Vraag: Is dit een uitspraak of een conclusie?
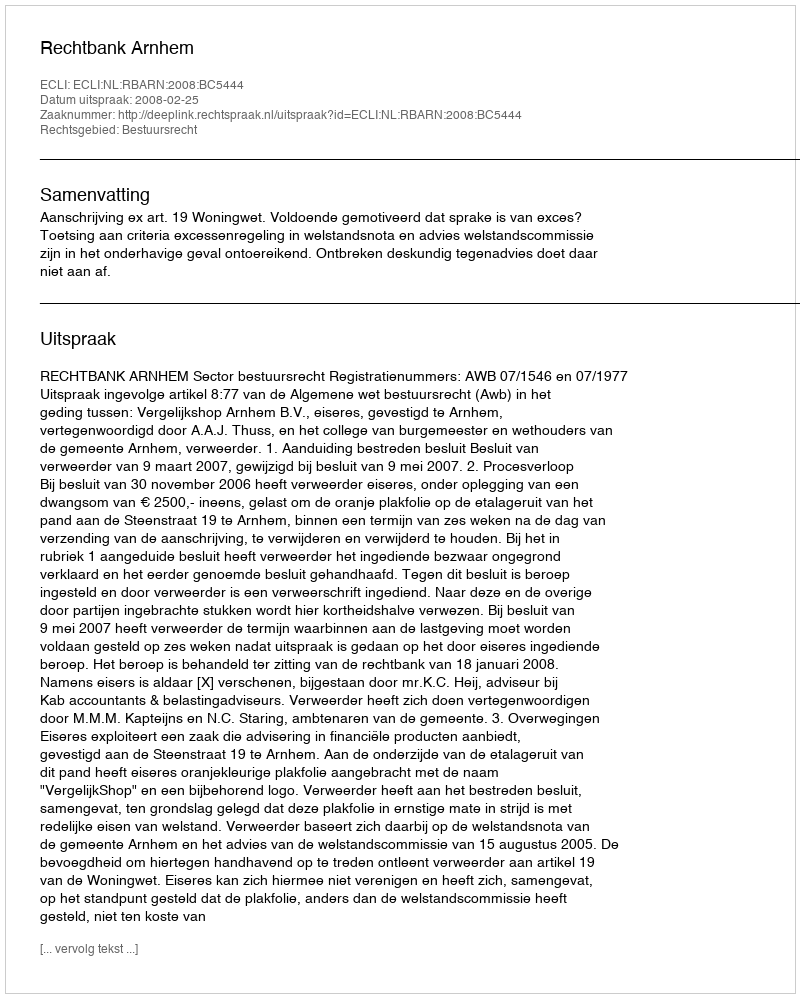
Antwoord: Uitspraak